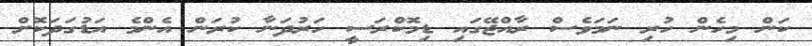
ކަން މިހެން ހުރި ނަމަވެސް ރާއްޖޭގައި ޑިމޮކްރަސީ ހަރުދަނާ ކުރަން އެންމެ އަޑުގަދަކޮށް